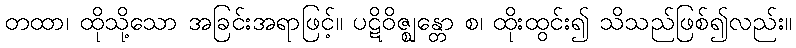
တထာ၊ ထိုသို့သော အခြင်းအရာဖြင့်။ ပဋိဝိဇ္ဈန္တော စ၊ ထိုးထွင်း၍ သိသည်ဖြစ်၍လည်း။